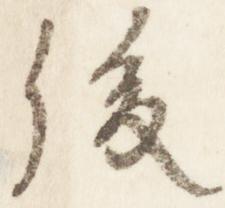
後